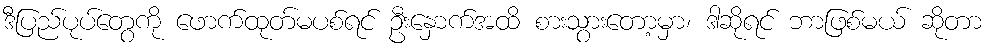
ဒီပြည်ပုပ်တွေကို ဖောက်ထုတ်မပစ်ရင် ဦးနှောက်အထိ စားသွားတော့မှာ၊ ဒါဆိုရင် ဘာဖြစ်မယ် ဆိုတာ